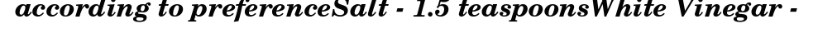
according to preferenceSalt - 1.5 teaspoonsWhite Vinegar -